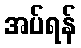
အပ်ရန်